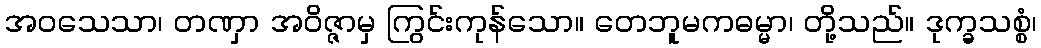
အဝသေသာ၊ တဏှာ အဝိဇ္ဇာမှ ကြွင်းကုန်သော။ တေဘူမကဓမ္မာ၊ တို့သည်။ ဒုက္ခသစ္စံ၊